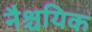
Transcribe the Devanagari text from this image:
नैश्चयिक